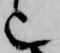
也